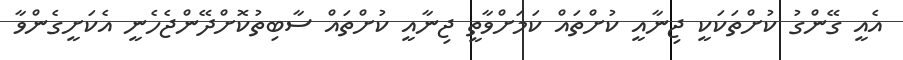
އެއީ ގޭންގު ކުށްތަކަކީ ޖިނާއީ ކުށްތައް ކަމަށްވާތީ ޖިނާއީ ކުށްތައް ސާބިތުކޮށްދޭންޖެހެނީ އެކަށީގެންވާ